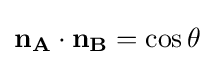
\mathbf {n_{A}} \cdot \mathbf {n_{B}} =\cos \theta